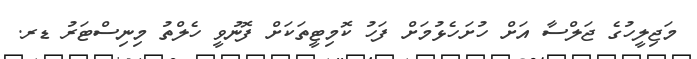
މަޖިލީހުގެ ޖަލްސާ އަށް ހުށަހެޅުމަށް ފަހު ކޮމިޓީތަކަށް ފޮނުވީ ހެލްތު މިނިސްޓަރު ޑރ.